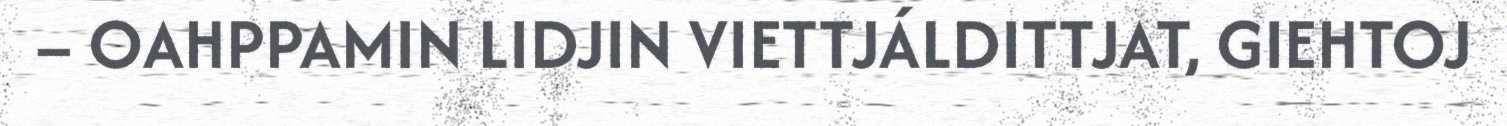
– OAHPPAMIN LIDJIN VIETTJÁLDITTJAT, GIEHTOJ